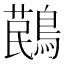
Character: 𪃔